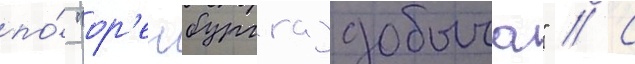
по́ "ор'енбурггаздобыча" // С